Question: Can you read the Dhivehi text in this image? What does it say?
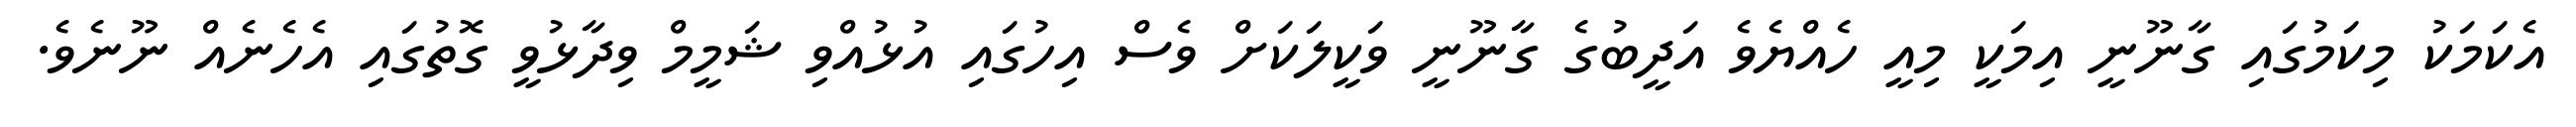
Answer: އެކަމަކު މިކަމުގައި ގާނޫނީ އިމަކީ މިއީ ހެއްޔެވެ އަދީބުގެ ގާނޫނީ ވަކީލަކަށް ވެސް އިހުގައި އުޅުއްވި ޝަމީމް ވިދާޅުވީ ގޮތުގައި އެހެނެއް ނޫނެވެ.